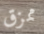
ممزق